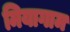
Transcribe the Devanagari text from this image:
मियागाम